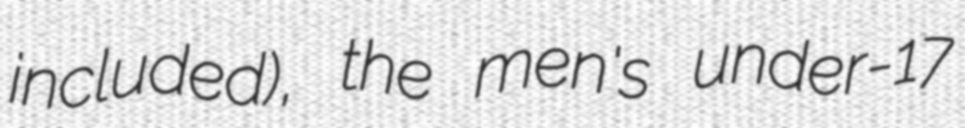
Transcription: included), the men's under-17